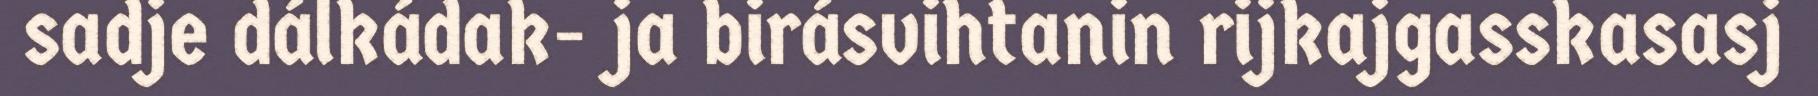
sadje dálkádak- ja birásvihtanin rijkajgasskasasj